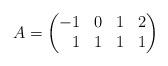
LaTeX: \begin{align*}A = \left(\begin{matrix}-1 & 0 & 1 & 2 \\ \phantom{-}1 & 1 & 1 & 1 \end{matrix}\right)\end{align*}